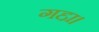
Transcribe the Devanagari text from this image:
गद्दा।